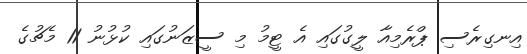
އިނގިރެސި ޕްރެމިއާ ލީގުގައި އެ ޓީމު މި ސީޒަނުގައި ކުޅުނު 11 މެޗުގެ